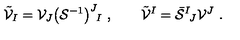
\tilde { \cal V } _ { I } = { \cal V } _ { J } \big ( { \cal S } ^ { - 1 } \big ) ^ { J } { } _ { \! I } \ , \qquad \tilde { \cal V } ^ { I } = \bar { \cal S } ^ { I } { } _ { \! J } { \cal V } ^ { J } \ .